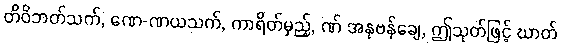
တိဝိဘတ်သက်, ဏေ-ဏယသက်, ကာရိတ်မှည့်, ဏ် အနုဗန်ချေ, ဤသုတ်ဖြင့် ဃာတ်